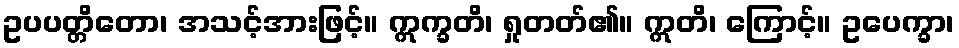
ဥပပတ္တိတော၊ အသင့်အားဖြင့်။ ဣက္ခတိ၊ ရှုတတ်၏။ ဣတိ၊ ကြောင့်။ ဥပေက္ခာ၊